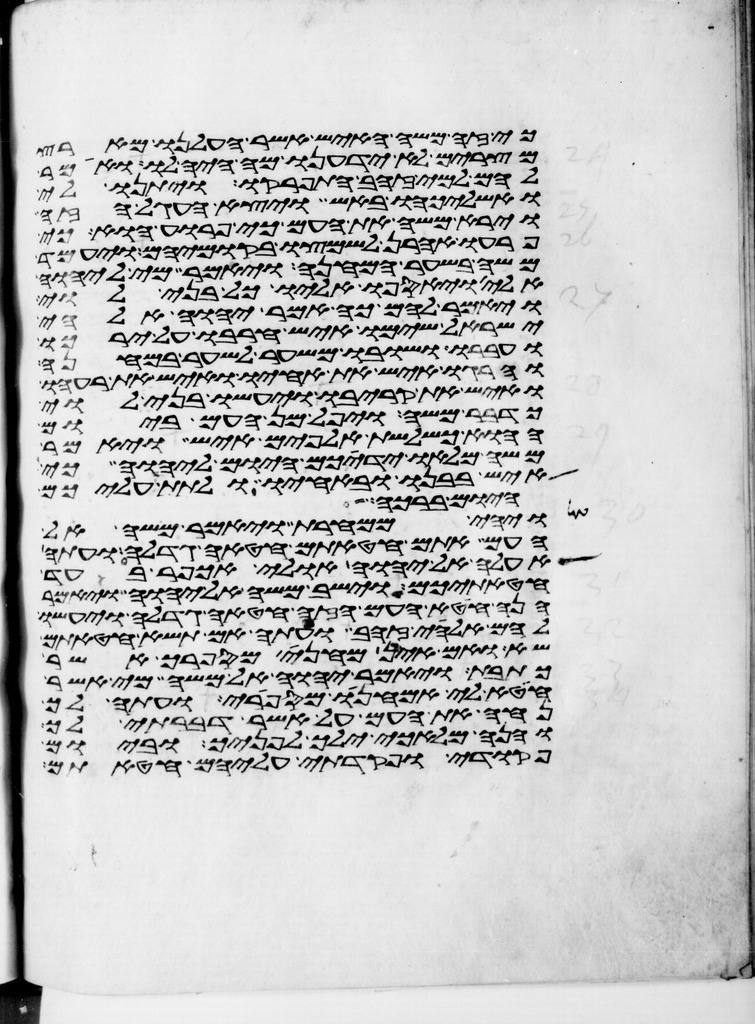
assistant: כי זה משה האיש אשר העלנו מארץ
מצרים לא ידענו מה היה לו ואמר
להם למי זהב התפרקו ויתנו לי
ואשליכהו באש ויצא העגל הזה
וירא משה את העם כי פרוע הוא כי
פרעו אהרן לשמצו בקומיהם ויעמד
משה בשער המחנה ויאמר מי ליהוה
אלי ויאספו אליו כל בני לוי
ויאמר להם כה אמר יהוה אלהי
ישראל שימו איש חרבו על ירכו
ועברו ושובו משער לשער במחנה
והרגו איש את אחיו ואיש את רעהו
ואיש את קריבו ויעשו בני לוי
כדבר משה ויפל מן העם ביום
ההוא כשלשת אלפים איש ויאמר
משה מלאו ידיכם היום ליהוה כי
איש בבנו ובאחיו ולתת עליכם
היום ברכה
ויהי ממחרת ויאמר משה אל
העם אתם חטאתם חטאה גדלה ועתה
אעלה אל יהוה אולי אכפר בעד
חטאתיכם וישב משה אל יהוה ויאמר
הנה חטא העם הזה חטאה גדלה ויעשו
להם אלהי זהב ועתה אם תשא חטאתם
שא ואם אין מחני מספרך אשר
כתבת ויאמר יהוה אל משה מי אשר
חטא לי אמחנו מספרי ועתה לך
נחה את העם על אשר דברתי לך
והנה מלאכי ילך לפניך וביום
פקודי ופקדתי עליהם חטאתם